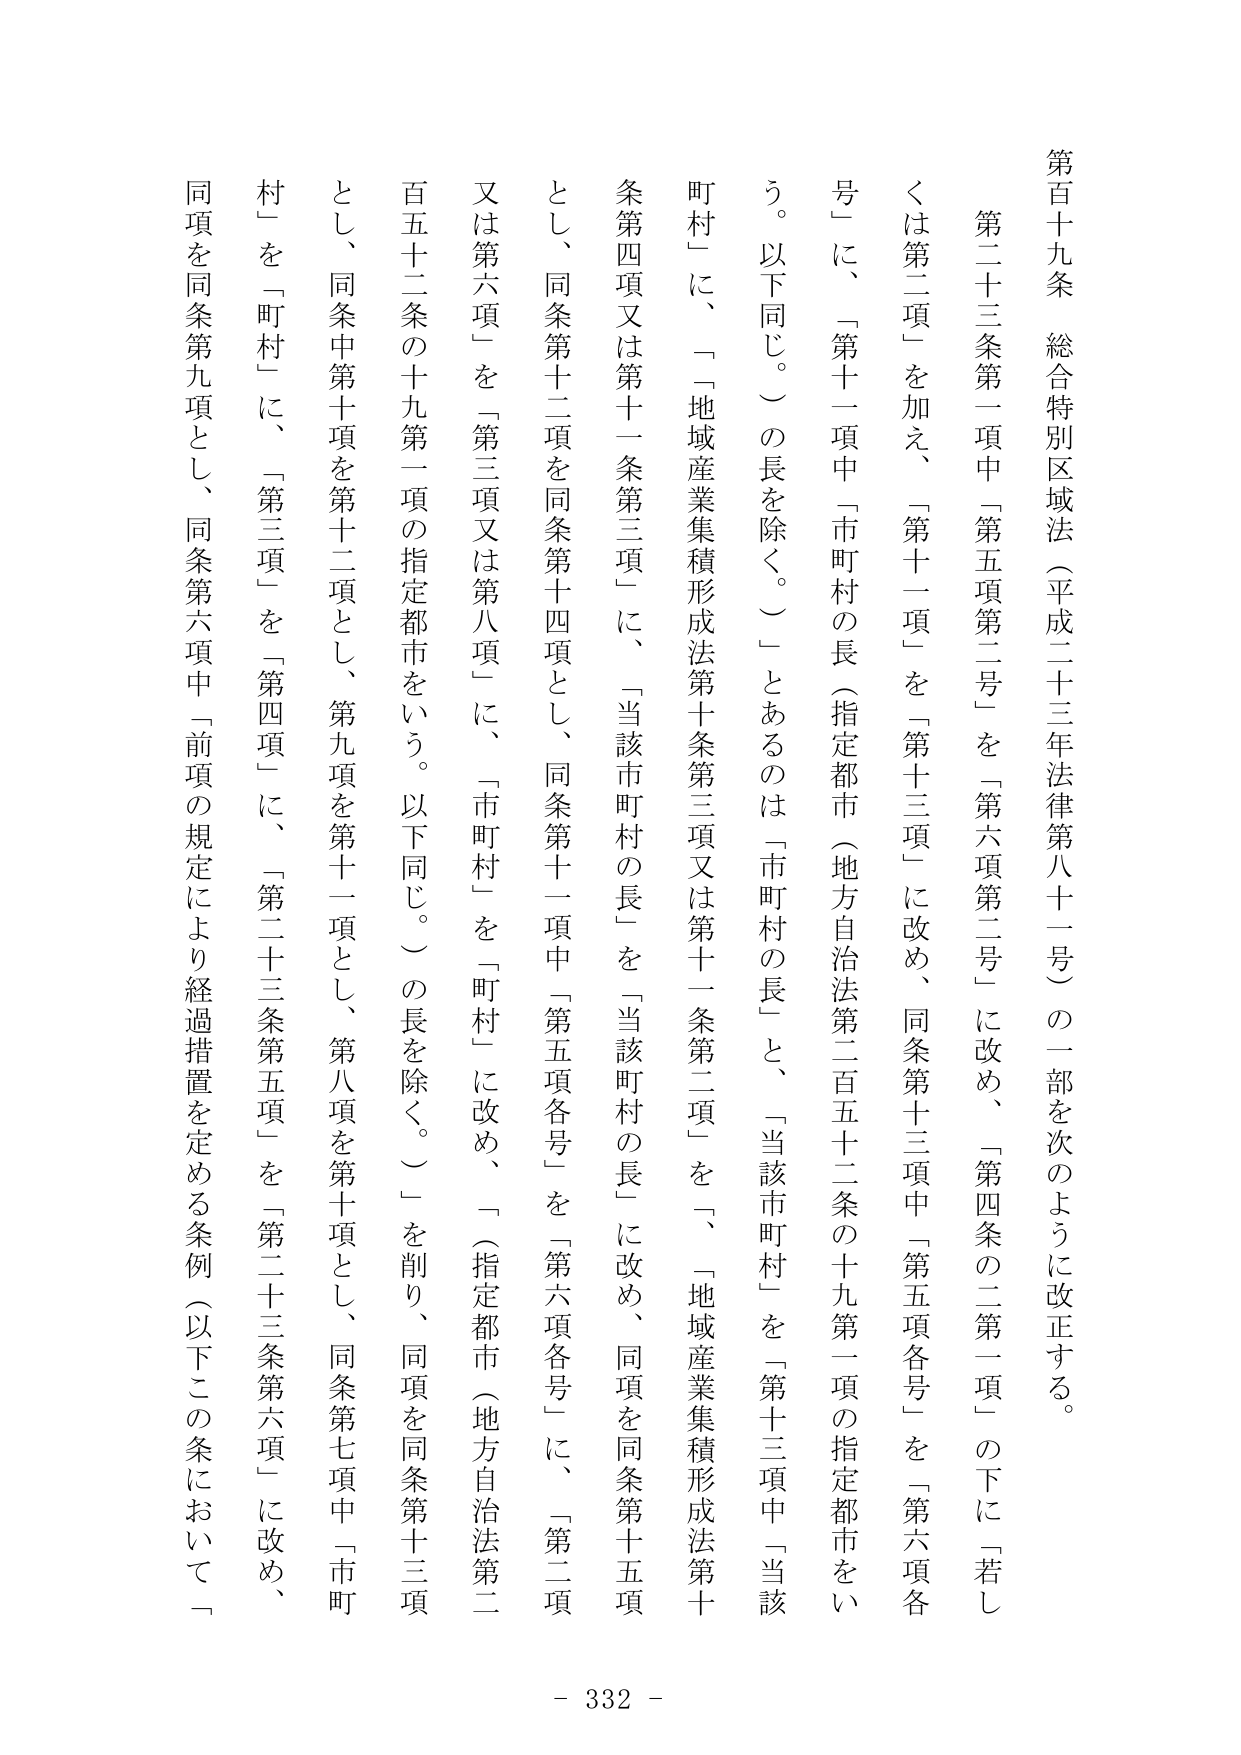
第百十九条 総合特別区域法（平成二十三年法律第八十一号）の一部を次のように改正する。

第二十三条第一項中「第五項第二号」を「第六項第二号」に改め、「第四条の二第一項」の下に「若しくは第二項」を加え、「第十一項」を「第十三項」に改め、同条第十三項中「第五項各号」を「第六項各号」に、「第十一項中「市町村の長（指定都市（地方自治法第二百五十二条の十九第一項の指定都市をいう。以下同じ。）の長を除く。）」とあるのは「市町村の長」と、「当該市町村」を「第十三項中「当該町村」に、「地域産業集積形成法第十条第三項又は第十一条第二項」を「、地域産業集積形成法第十条第四項又は第十一条第三項」に、「当該市町村の長」を「当該町村の長」に改め、同項を同条第十五項とし、同条第十二項を同条第十四項とし、同条第十一項中「第五項各号」を「第六項各号」に、「第二項又は第六項」を「第三項又は第八項」に、「市町村」を「町村」に改め、「（指定都市（地方自治法第二百五十二条の十九第一項の指定都市をいう。以下同じ。）の長を除く。）」を削り、同項を同条第十三項とし、同条中第十項を第十二項とし、第九項を第十一項とし、第八項を第十項とし、同条第七項中「市町村」を「町村」に、「第三項」を「第四項」に、「第二十三条第五項」を「第二十三条第六項」に改め、同項を同条第九項とし、同条第六項中「前項の規定により経過措置を定める条例（以下この条において「

- 332 -